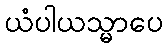
ယံပါယသ္မာပေ